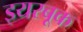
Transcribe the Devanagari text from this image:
इयरबूक